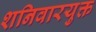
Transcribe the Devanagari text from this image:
शनिवारयुक्त